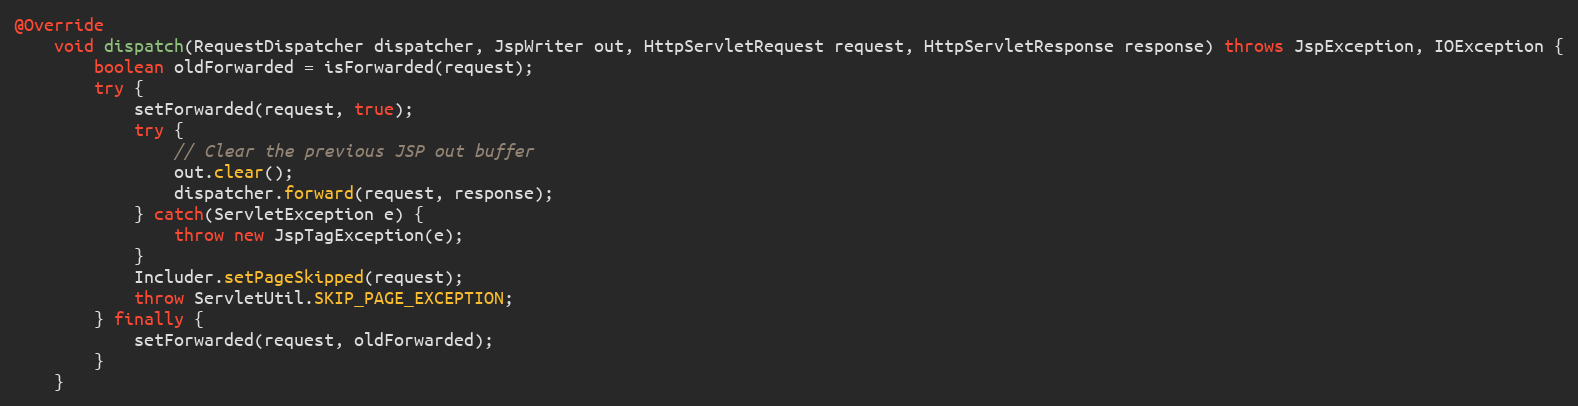
Language: Java
@Override
	void dispatch(RequestDispatcher dispatcher, JspWriter out, HttpServletRequest request, HttpServletResponse response) throws JspException, IOException {
		boolean oldForwarded = isForwarded(request);
		try {
			setForwarded(request, true);
			try {
				// Clear the previous JSP out buffer
				out.clear();
				dispatcher.forward(request, response);
			} catch(ServletException e) {
				throw new JspTagException(e);
			}
			Includer.setPageSkipped(request);
			throw ServletUtil.SKIP_PAGE_EXCEPTION;
		} finally {
			setForwarded(request, oldForwarded);
		}
	}